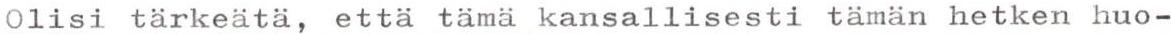
Olisi tärkeätä, että tämä kansallisesti tämän hetken huo-